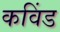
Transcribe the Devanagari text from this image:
कविंड